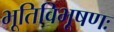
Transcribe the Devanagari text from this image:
भूतिविभूषणः